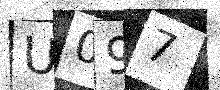
Text: U097